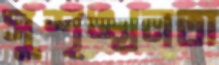
সুশৃঙ্খলতা